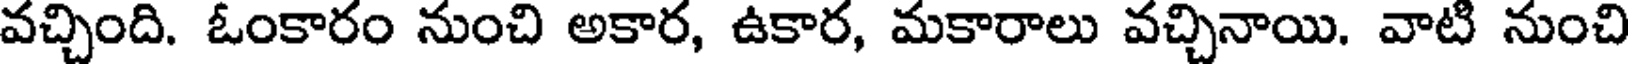
వచ్చింది. ఓంకారం నుంచి అకార, ఉకార, మకారాలు వచ్చినాయి. వాటి నుంచి